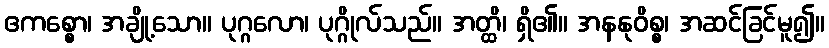
ဧကစ္စော၊ အချို့သော။ ပုဂ္ဂလော၊ ပုဂ္ဂိုလ်သည်။ အတ္ထိ၊ ရှိ၏။ အနနုဝိစ္စ၊ အဆင်ခြင်မူ၍။